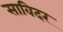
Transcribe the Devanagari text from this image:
साविदर